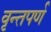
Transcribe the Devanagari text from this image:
वृन्तपर्ण